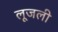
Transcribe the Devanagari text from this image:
लूजली